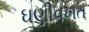
ઘણીવખત